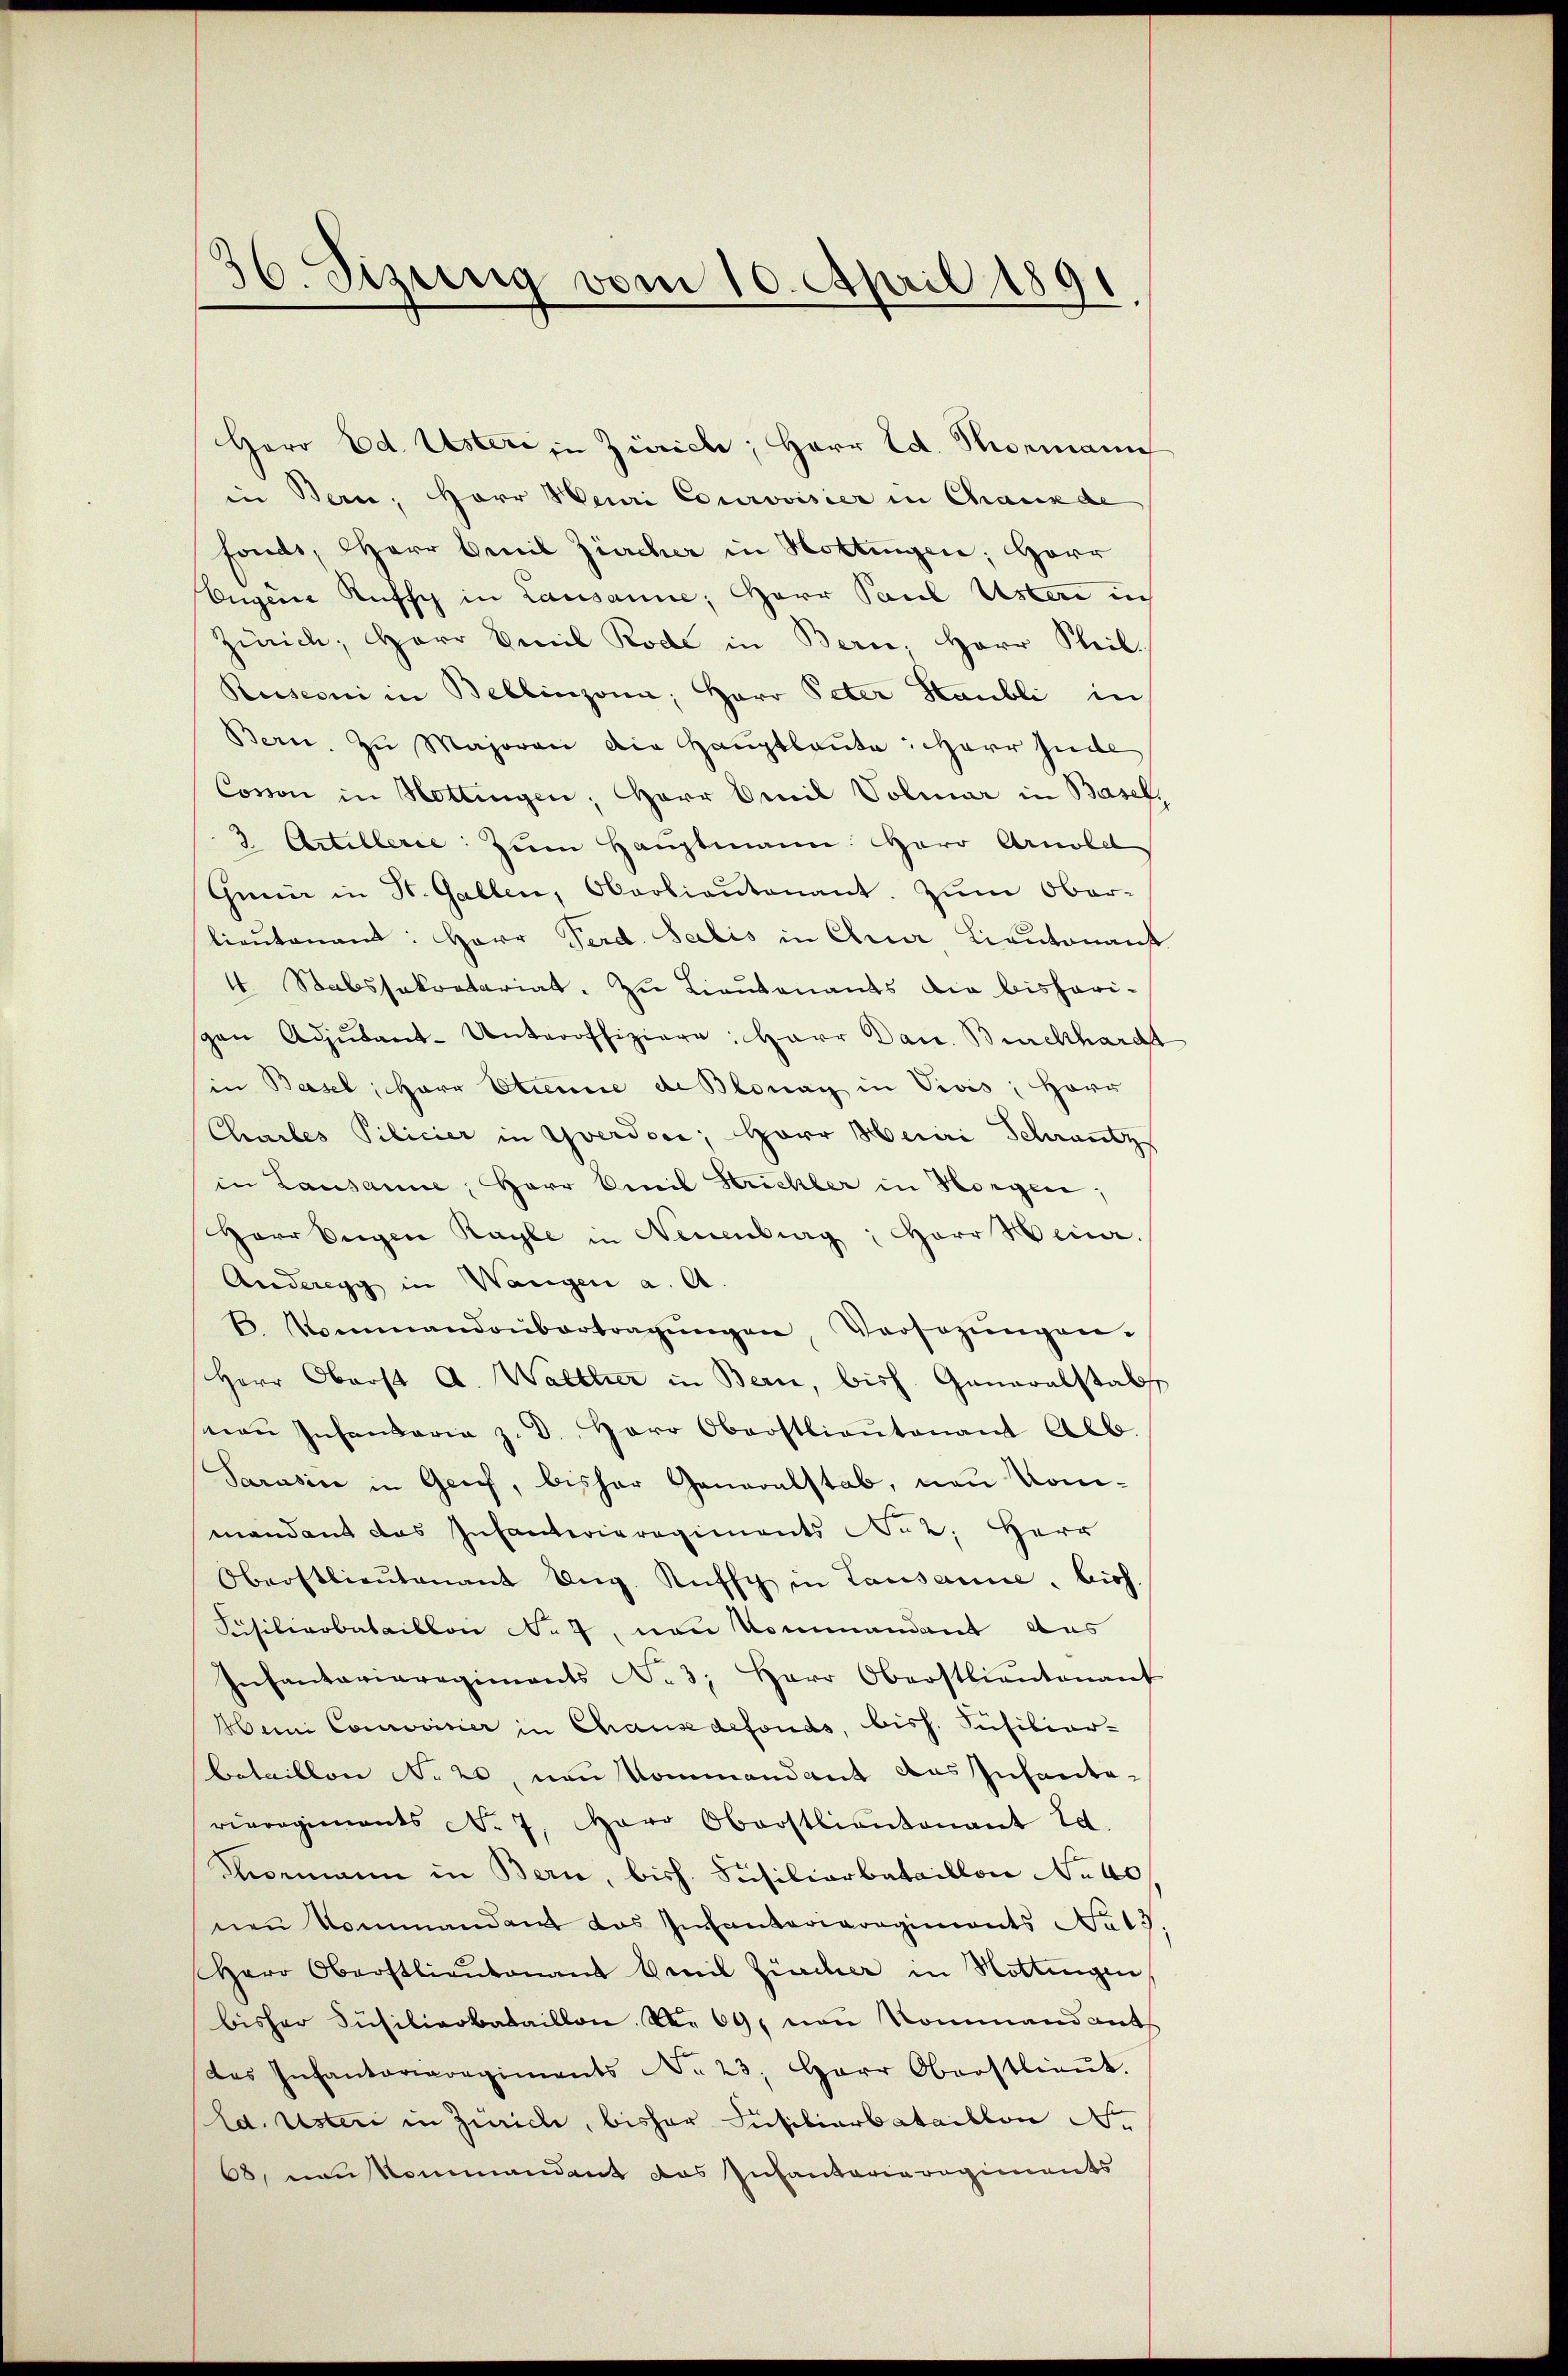
6
36. Sizung vom 10. April 1891

Horo Ed. Ustere in Zürich, Herr Ed. Thormann
in Bern, Herr Heuri Courovisier in Chauxde
fonds, Herr Genil Zürcher in Hottingen; Herr
Eugene Aufsch in Lausanne; Herr Paul Ustere in
Zürich, Herr Emil Rode in Bern. Herr Steil
Rusconi in Bellinzona, Herr Peter Staubli in
Bern. Zu Majoran die Hauptlaute Herr Inde
Covon in Hottingen, Herr Emil Volmar in Basel,
2 Artillerie: zŭm Haŭptmann: Herr Arnold
Guiir in St. Gallen, Oberbiantenant. Zum Ober-
lieŭtenant: Herr Ferd. Salis in Crer, Lieutenant
4. Stabssakratariat. Zu Lieutenants die bisheri-
gen Adjŭsant-Unteroffiziere: Herr Dau. Burckhardt
in Basel, Herr Strenne de Blonay in Vivis, Herr
Chrarbes Pilicier in Yverdore, Herr Meiri Schrantz
in Lausanne, Herr Civil Strickler in Horgen,
Herr Eugen Rayle in Neuenburg, Herr Hina.
Anderegg in Wangen a. A.
. Kommandobertragŭngen, Versezŭngen.
Herr Oberst A. Walther in Bern, bisch. Generalstab
maṅ Infandaria z. d. Herr Oberstlieŭtenant Alb.
Sarusin in Grief, bisher Generalstab, neu kommandant das Infanterieregiments Naz; Herr
Oberstlieutenant Ung. Rüffch in Lausanne. Bich.
Füsilierbataillon No 7, von Kommandant das
Infantariaregiments N. 3; Herr Oberstlieutenant
Heini Convisier in Chause defonds, bish. Füsiliar-
betaillon No 20, von Kommandant des Infante-
rieregiments No. 7. Herr Oberstliantonant Ed.
Mormann in Bern, bish. Susiliarbataillon No 40
nen Kommandant das Infanterieregiments Nat
Herr Oberstlieutenant Emil Zürcher in Hottingen
bisher Füsilierbataillon No 69, von Kommandant
das Infantariaregiments No 23. Herr Oberstlieŭt.
Ed. Usteri in Zürich, bisher Jusibierbataillon No
68, Neukommandant das Infanterieregiments